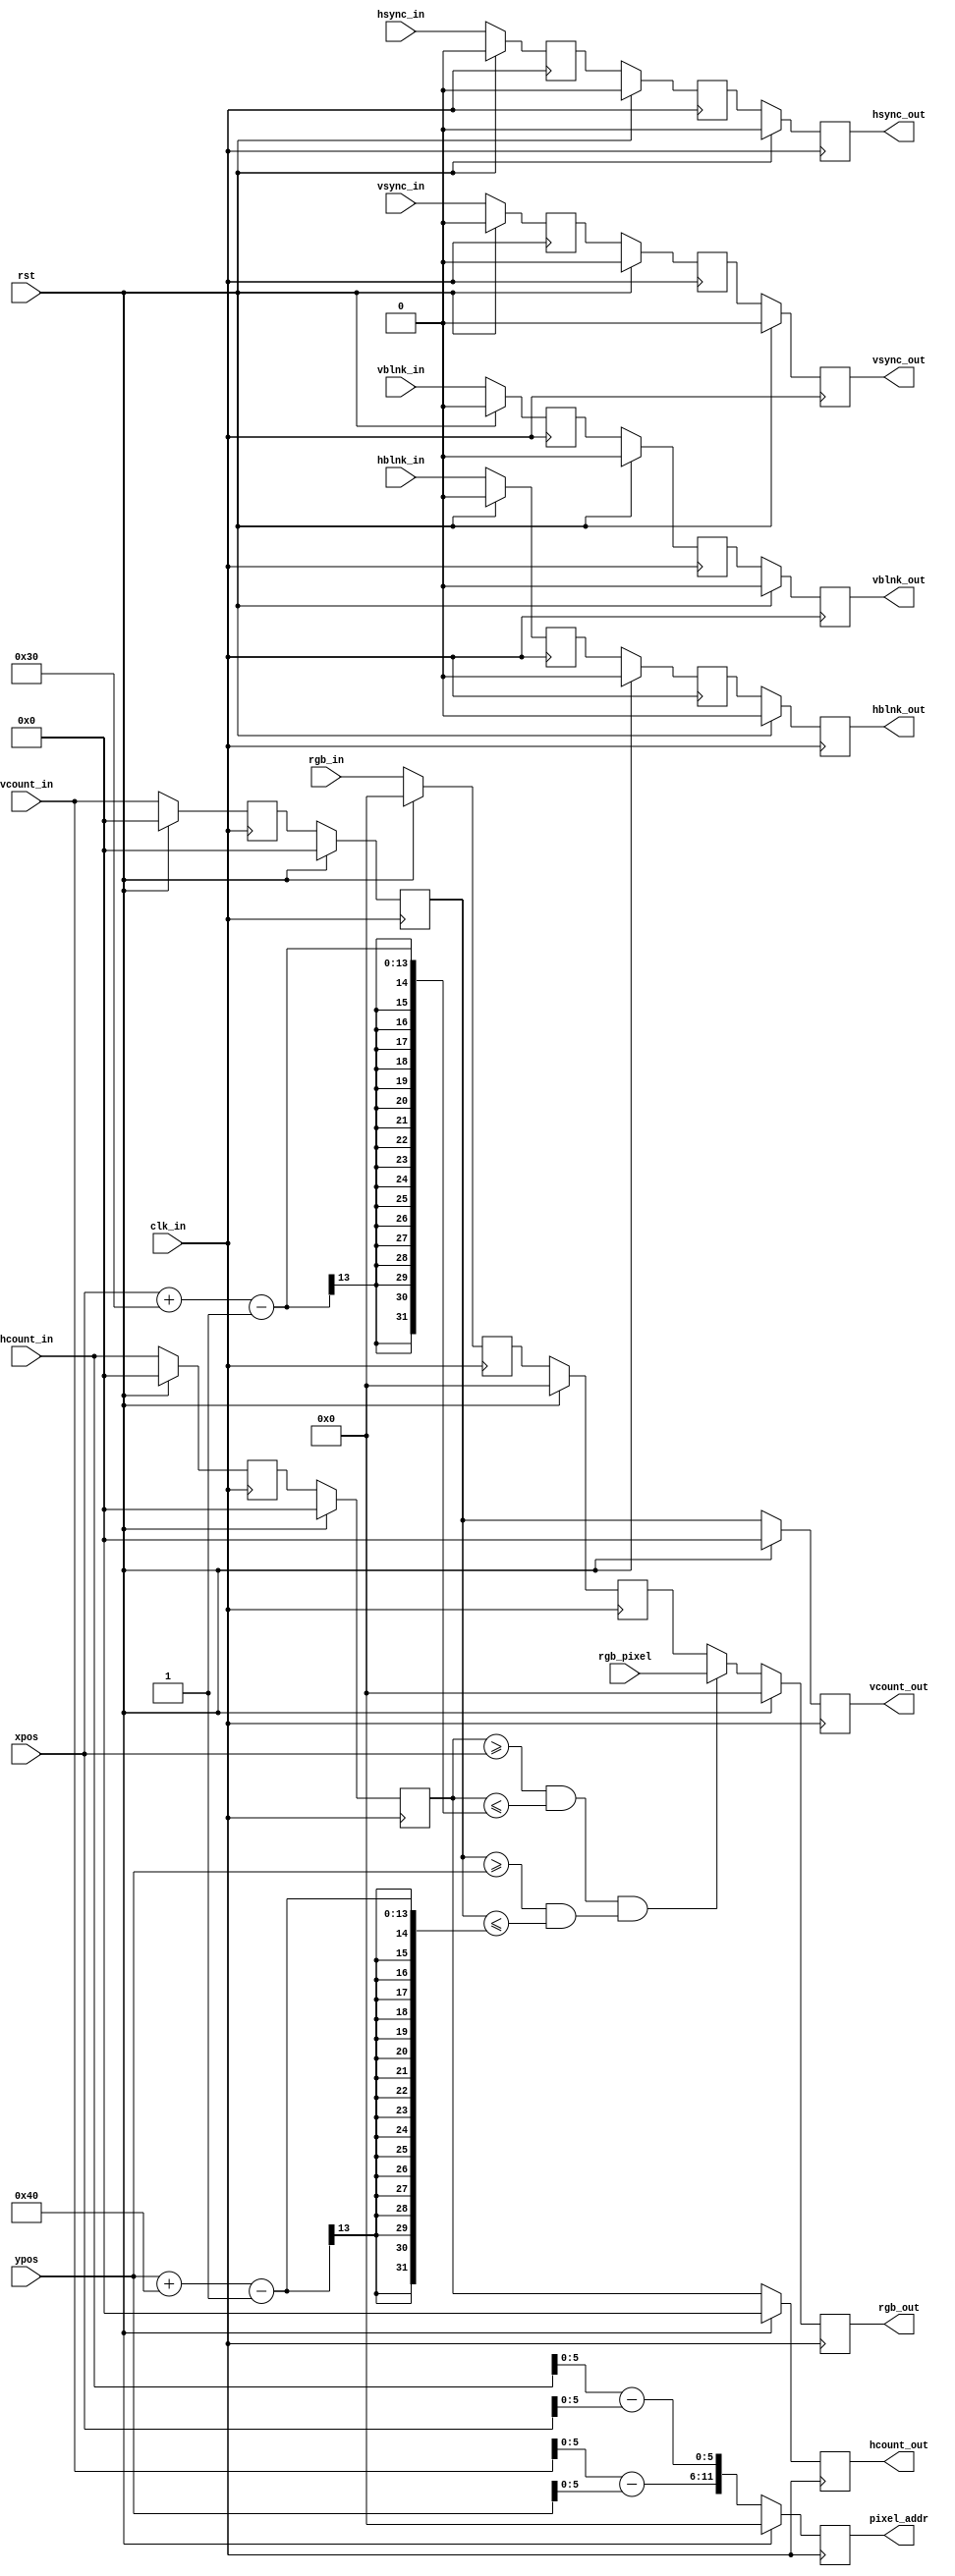
`timescale 1ns / 1ps

module draw_rect(
    input wire clk_in,
    input wire rst,
    input wire [10:0] hcount_in,
    input wire hsync_in,
    input wire hblnk_in,
    input wire [10:0] vcount_in,
    input wire vsync_in,
    input wire vblnk_in,
    input wire [11:0] rgb_in,
    input wire [11:0] xpos,
    input wire [11:0] ypos,
    input wire [11:0] rgb_pixel,
    output reg [10:0] hcount_out,
    output reg hsync_out,
    output reg hblnk_out,
    output reg [10:0] vcount_out,
    output reg vsync_out,
    output reg vblnk_out,
    output reg [11:0] rgb_out,
    output reg [11:0] pixel_addr
    );
    
    //localparam POS_X = 100;
    //localparam POS_Y = 100;
    localparam WIDTH = 48;
    localparam HEIGHT = 64;
    localparam COLOR = 12'hf_f_f;
    
    reg[5:0] addry, addrx;
    reg [11:0] rgb_temp_1, rgb_temp_2, rgb_temp_3;
    reg hsync_temp_1, vsync_temp_1, hblnk_temp_1, vblnk_temp_1, hsync_temp_2, vsync_temp_2, hblnk_temp_2, vblnk_temp_2;
    reg [10:0] hcount_temp_1, vcount_temp_1, hcount_temp_2, vcount_temp_2;
    
    always@*
    begin
        if(( hcount_temp_2 >= xpos && hcount_temp_2 <= (xpos+WIDTH - 1)) && (vcount_temp_2 >= ypos && vcount_temp_2 <= (ypos+HEIGHT - 1) ) )
            rgb_temp_1 = rgb_pixel;
        else
            rgb_temp_1 = rgb_temp_3;

        addry[5:0] = vcount_in - ypos;
        addrx[5:0] = hcount_in - xpos;
    end
    
    always @(posedge clk_in)
    if(rst)
    begin
        hcount_temp_1 <= 0;
        hsync_temp_1 <= 0;
        hblnk_temp_1 <= 0;
        vcount_temp_1 <= 0;
        vsync_temp_1 <= 0;
        vblnk_temp_1 <= 0;
        rgb_temp_2 <= 0;
    end
    else
    begin
        hcount_temp_1 <= hcount_in;
        hsync_temp_1 <= hsync_in;
        hblnk_temp_1 <= hblnk_in;
        vcount_temp_1 <= vcount_in;
        vsync_temp_1 <= vsync_in;
        vblnk_temp_1 <= vblnk_in;
        rgb_temp_2 <= rgb_in;
    end
    
    always @(posedge clk_in)
    if(rst)
    begin
        hcount_temp_2 <= 0;
        hsync_temp_2 <= 0;
        hblnk_temp_2 <= 0;
        vcount_temp_2 <= 0;
        vsync_temp_2 <= 0;
        vblnk_temp_2 <= 0;
        rgb_temp_3 <= 0;
    end
    else
    begin
        hcount_temp_2 <= hcount_temp_1;
        hsync_temp_2 <= hsync_temp_1;
        hblnk_temp_2 <= hblnk_temp_1;
        vcount_temp_2 <= vcount_temp_1;
        vsync_temp_2 <= vsync_temp_1;
        vblnk_temp_2 <= vblnk_temp_1;
        rgb_temp_3 <= rgb_temp_2;
    end
    
    
    always @(posedge clk_in)
    begin
        if(rst)
        begin
            vcount_out <= 0;
            hcount_out <= 0;
            hsync_out <= 0;
            vsync_out <= 0;
            hblnk_out <= 0;
            vblnk_out <= 0;
            rgb_out <= 0;
            pixel_addr <= 0;
        end
        else
        begin
            hsync_out <= hsync_temp_2;
            vsync_out <= vsync_temp_2;
            hblnk_out <= hblnk_temp_2;
            vblnk_out <= vblnk_temp_2;
            hcount_out <= hcount_temp_2;
            vcount_out <= vcount_temp_2;
            pixel_addr <= {addry[5:0], addrx[5:0]};
            rgb_out <= rgb_temp_1;
        end
    end
           
    
    
endmodule